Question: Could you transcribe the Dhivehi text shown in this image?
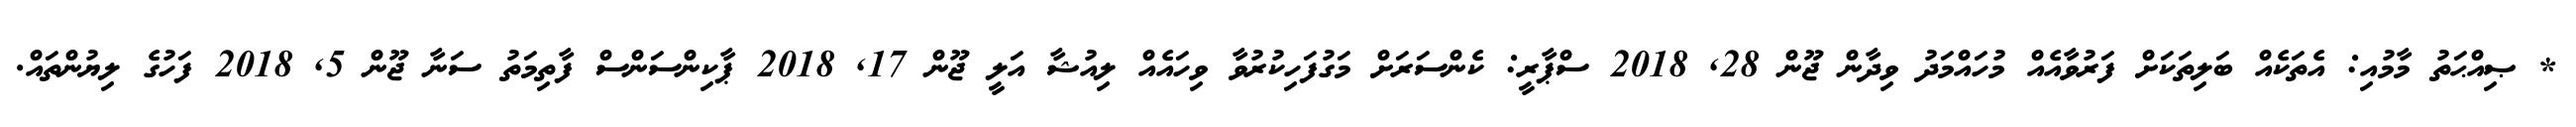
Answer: * ޞިއްޙަތު މާމުއި: އެތަކެއް ބަލިތަކަށް ފަރުވާއެއް މުހައްމަދު ވިދާން ޖޫން 28, 2018 ސްޕާރީ: ކެންސަރަށް މަގުފަހިކުރުވާ ވިހައެއް ލިއުޝާ އަލީ ޖޫން 17, 2018 ޕާކިންސަންސް ފާތިމަތު ސަނާ ޖޫން 5, 2018 ފަހުގެ ލިޔުންތައް.